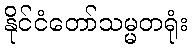
နိုင်ငံတော်သမ္မတရုံး